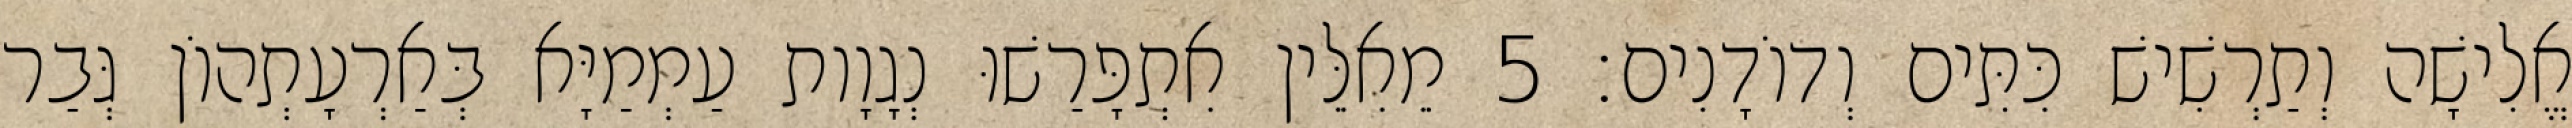
אֱלִישָׁה וְתַרְשִׁישׁ כִּתִּים וְדוֹדָנִים׃ 5 מֵאִלֵּין אִתְפָּרַשׁוּ נְגָוָות עַמְמַיָּא בְּאַרְעָתְהוֹן גְּבַר